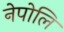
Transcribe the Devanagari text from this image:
नेपोलि